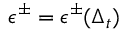
\epsilon ^ { \pm } = \epsilon ^ { \pm } ( \Delta _ { t } )